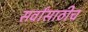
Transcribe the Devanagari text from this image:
सर्वांसाठीच